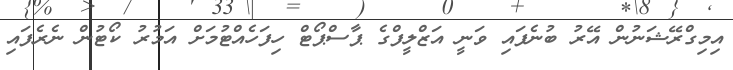
އިމިގްރޭޝަނުން އޭރު ބުނެފައި ވަނީ އަޒްލީފްގެ ޕާސްޕޯޓް ހިފަހެއްޓުމަށް އަމުރު ކޯޓުން ނެރެފައި